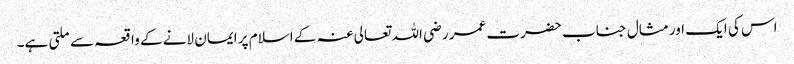
اس کی ایک اور مثال جناب حضرت عمر رضی اللہ تعالی عنہ کے اسلام پر ایمان لانے کے واقعہ سے ملتی ہے۔